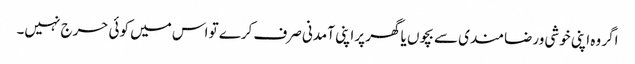
اگر وہ اپنی خوشی ورضامندی سے بچوں یا گھر پراپنی آمدنی صرف کرے تو اس میں کوئی حرج نہیں۔